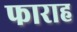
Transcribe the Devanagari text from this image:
फाराह